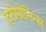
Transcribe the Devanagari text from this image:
ट्रोपोनिन्स